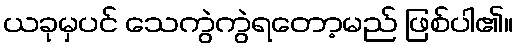
ယခုမှပင် သေကွဲကွဲရတော့မည် ဖြစ်ပါ၏။